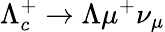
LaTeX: \Lambda_{c}^{+}\to\Lambda\mu^{+}\nu_{\mu}